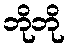
ဘိုဘို